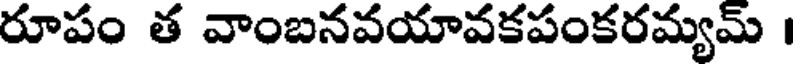
రూపం త వాంబనవయావకపంకరమ్యమ్ ।